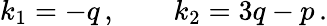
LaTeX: k_{1}=-q\, ,\qquad k_{2}=3q-p\, .